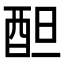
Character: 𨠚